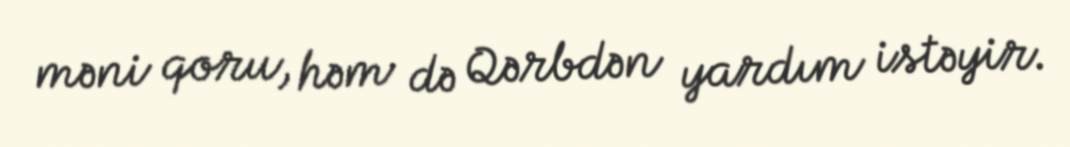
məni qoru, həm də Qərbdən yardım istəyir.